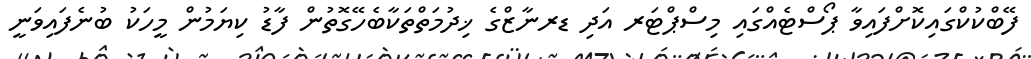
ފޭބްކުކްގައިކޮށްފައިވާ ޕޯސްޓެއްގައި މިސްޕްޓަރ އަދި ޑރނާޒްގެ ޚިދުމަތްތަކާބެހޭގޮތުން ފާޑު ކިޔަމުން މީހަކު ބުނެފައިވަނީ